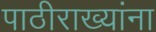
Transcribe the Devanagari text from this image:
पाठीराख्यांना